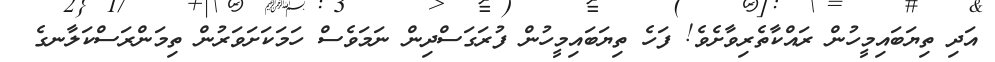
އަދި ތިޔަބައިމީހުން ރައްކާތެރިވާށެވެ! ފަހެ ތިޔަބައިމީހުން ފުރަގަސްދިން ނަމަވެސް ހަމަކަށަވަރުން ތިމަންރަސްކަލާނގެ